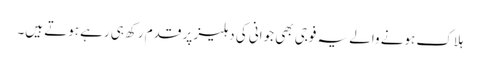
ہلاک ہونے والے یہ فوجی بھی جوانی کی دہلیز پر قدم رکھ ہی رہے ہوتے ہیں۔